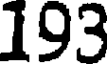
193